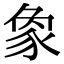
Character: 𧰼